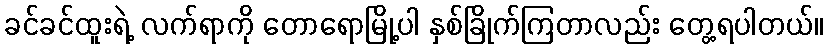
ခင်ခင်ထူးရဲ့ လက်ရာကို တောရောမြို့ပါ နှစ်ခြိုက်ကြတာလည်း တွေ့ရပါတယ်။